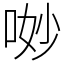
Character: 𠴕